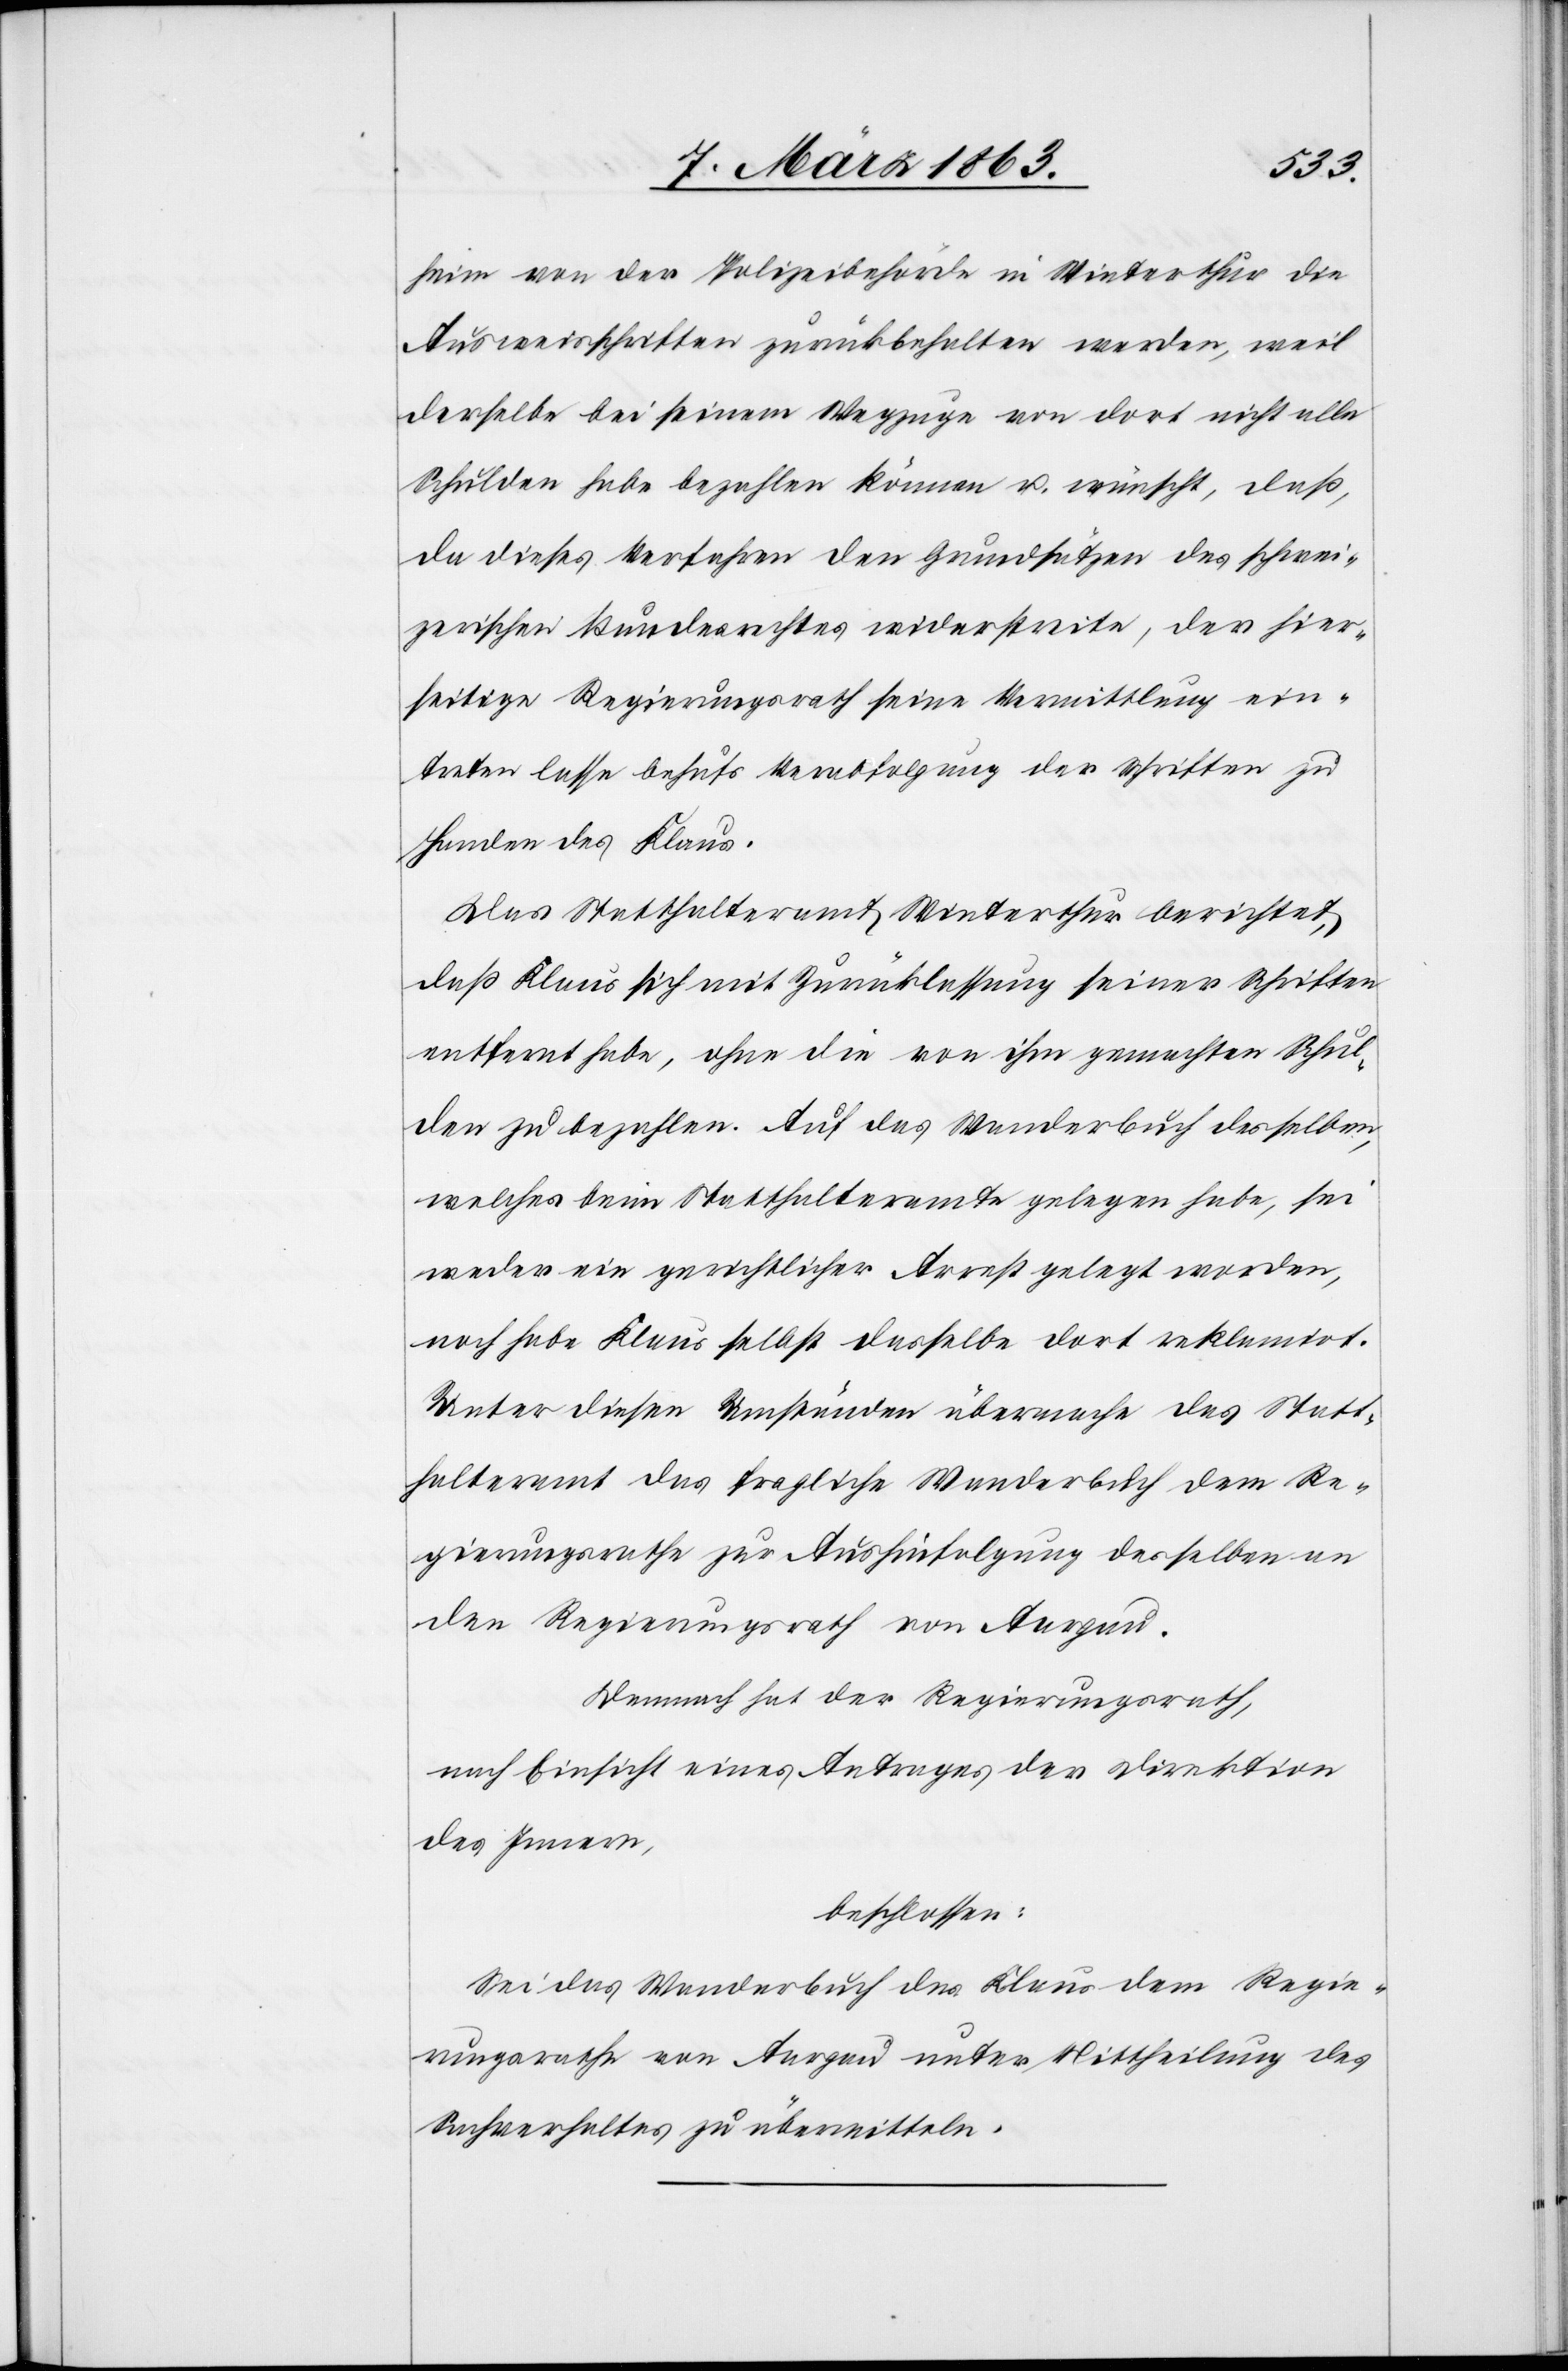
heim von der Polizeibehörde in Winterthur die
Ausweisschriften zurückbehalten werden, weil
derselbe bei seinem Wegzuge von dort nicht alle
Schulden habe bezahlen können u. wünscht, daß,
da dieses Verfahren den Grundsätzen des schwei¬
zerischen Bundesrechtes widerstreite, der hier¬
seitige Regierungsrath seine Vermittlung ein¬
treten lasse behufs Verabfolgung der Schriften zu
Handen des Klaus.
Das Statthalteramt Winterthur berichtet,
daß Klaus sich mit Zurücklassung seiner Schriften
entfernt habe, ohne die von ihm gemachten Schul¬
den zu bezahlen. Auf das Wanderbuch desselben,
welches beim Statthalteramte gelegen habe, sei
weder ein gerichtlicher Arrest gelegt worden,
noch habe Klaus selbst dasselbe dort reklamirt.
Unter diesen Umständen übermache das Statt¬
halteramt das fragliche Wanderbuch dem Re¬
gierungsrathe zur Aushinfolgung desselben an
den Regierungsrath von Aargau.
Demnach hat der Regierungsrath,
nach Einsicht eines Antrages der Direktion
des Innern,
beschlossen:
Sei das Wanderbuch des Klaus dem Regie¬
rungsrathe von Aargau unter Mittheilung des
Sachverhaltes zu übermitteln.